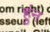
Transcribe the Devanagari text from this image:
हुंन